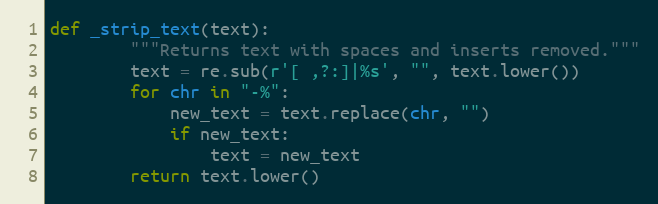
Language: Python
def _strip_text(text):
        """Returns text with spaces and inserts removed."""
        text = re.sub(r'[ ,?:]|%s', "", text.lower())
        for chr in "-%":
            new_text = text.replace(chr, "")
            if new_text:
                text = new_text
        return text.lower()